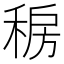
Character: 𰨯